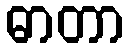
ဓာတာ